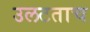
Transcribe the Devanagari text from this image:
उलटताच